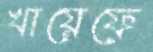
খায়েফে